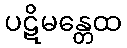
ပဋိမန္တေထ